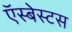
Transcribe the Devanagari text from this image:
ऍस्बेस्टस